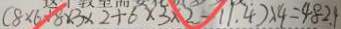
( 8 \times 6 + 8 \times 3 \times 2 + 6 \times 3 \times 2 - 1 1 . 4 ) \times 4 = 4 8 2 . 1